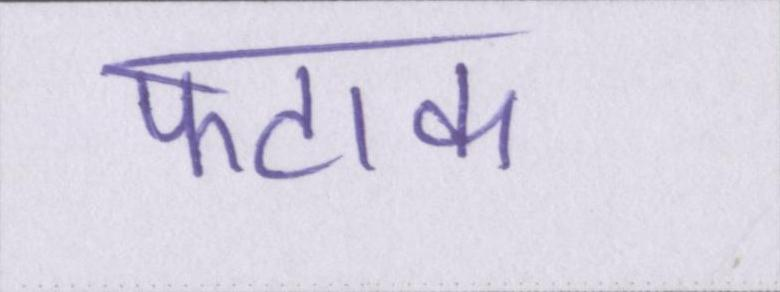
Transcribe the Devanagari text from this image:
फटाक